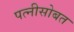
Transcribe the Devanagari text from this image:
पत्नीसोबत